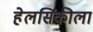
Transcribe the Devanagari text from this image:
हेलसिंकीला